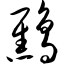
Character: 鹪